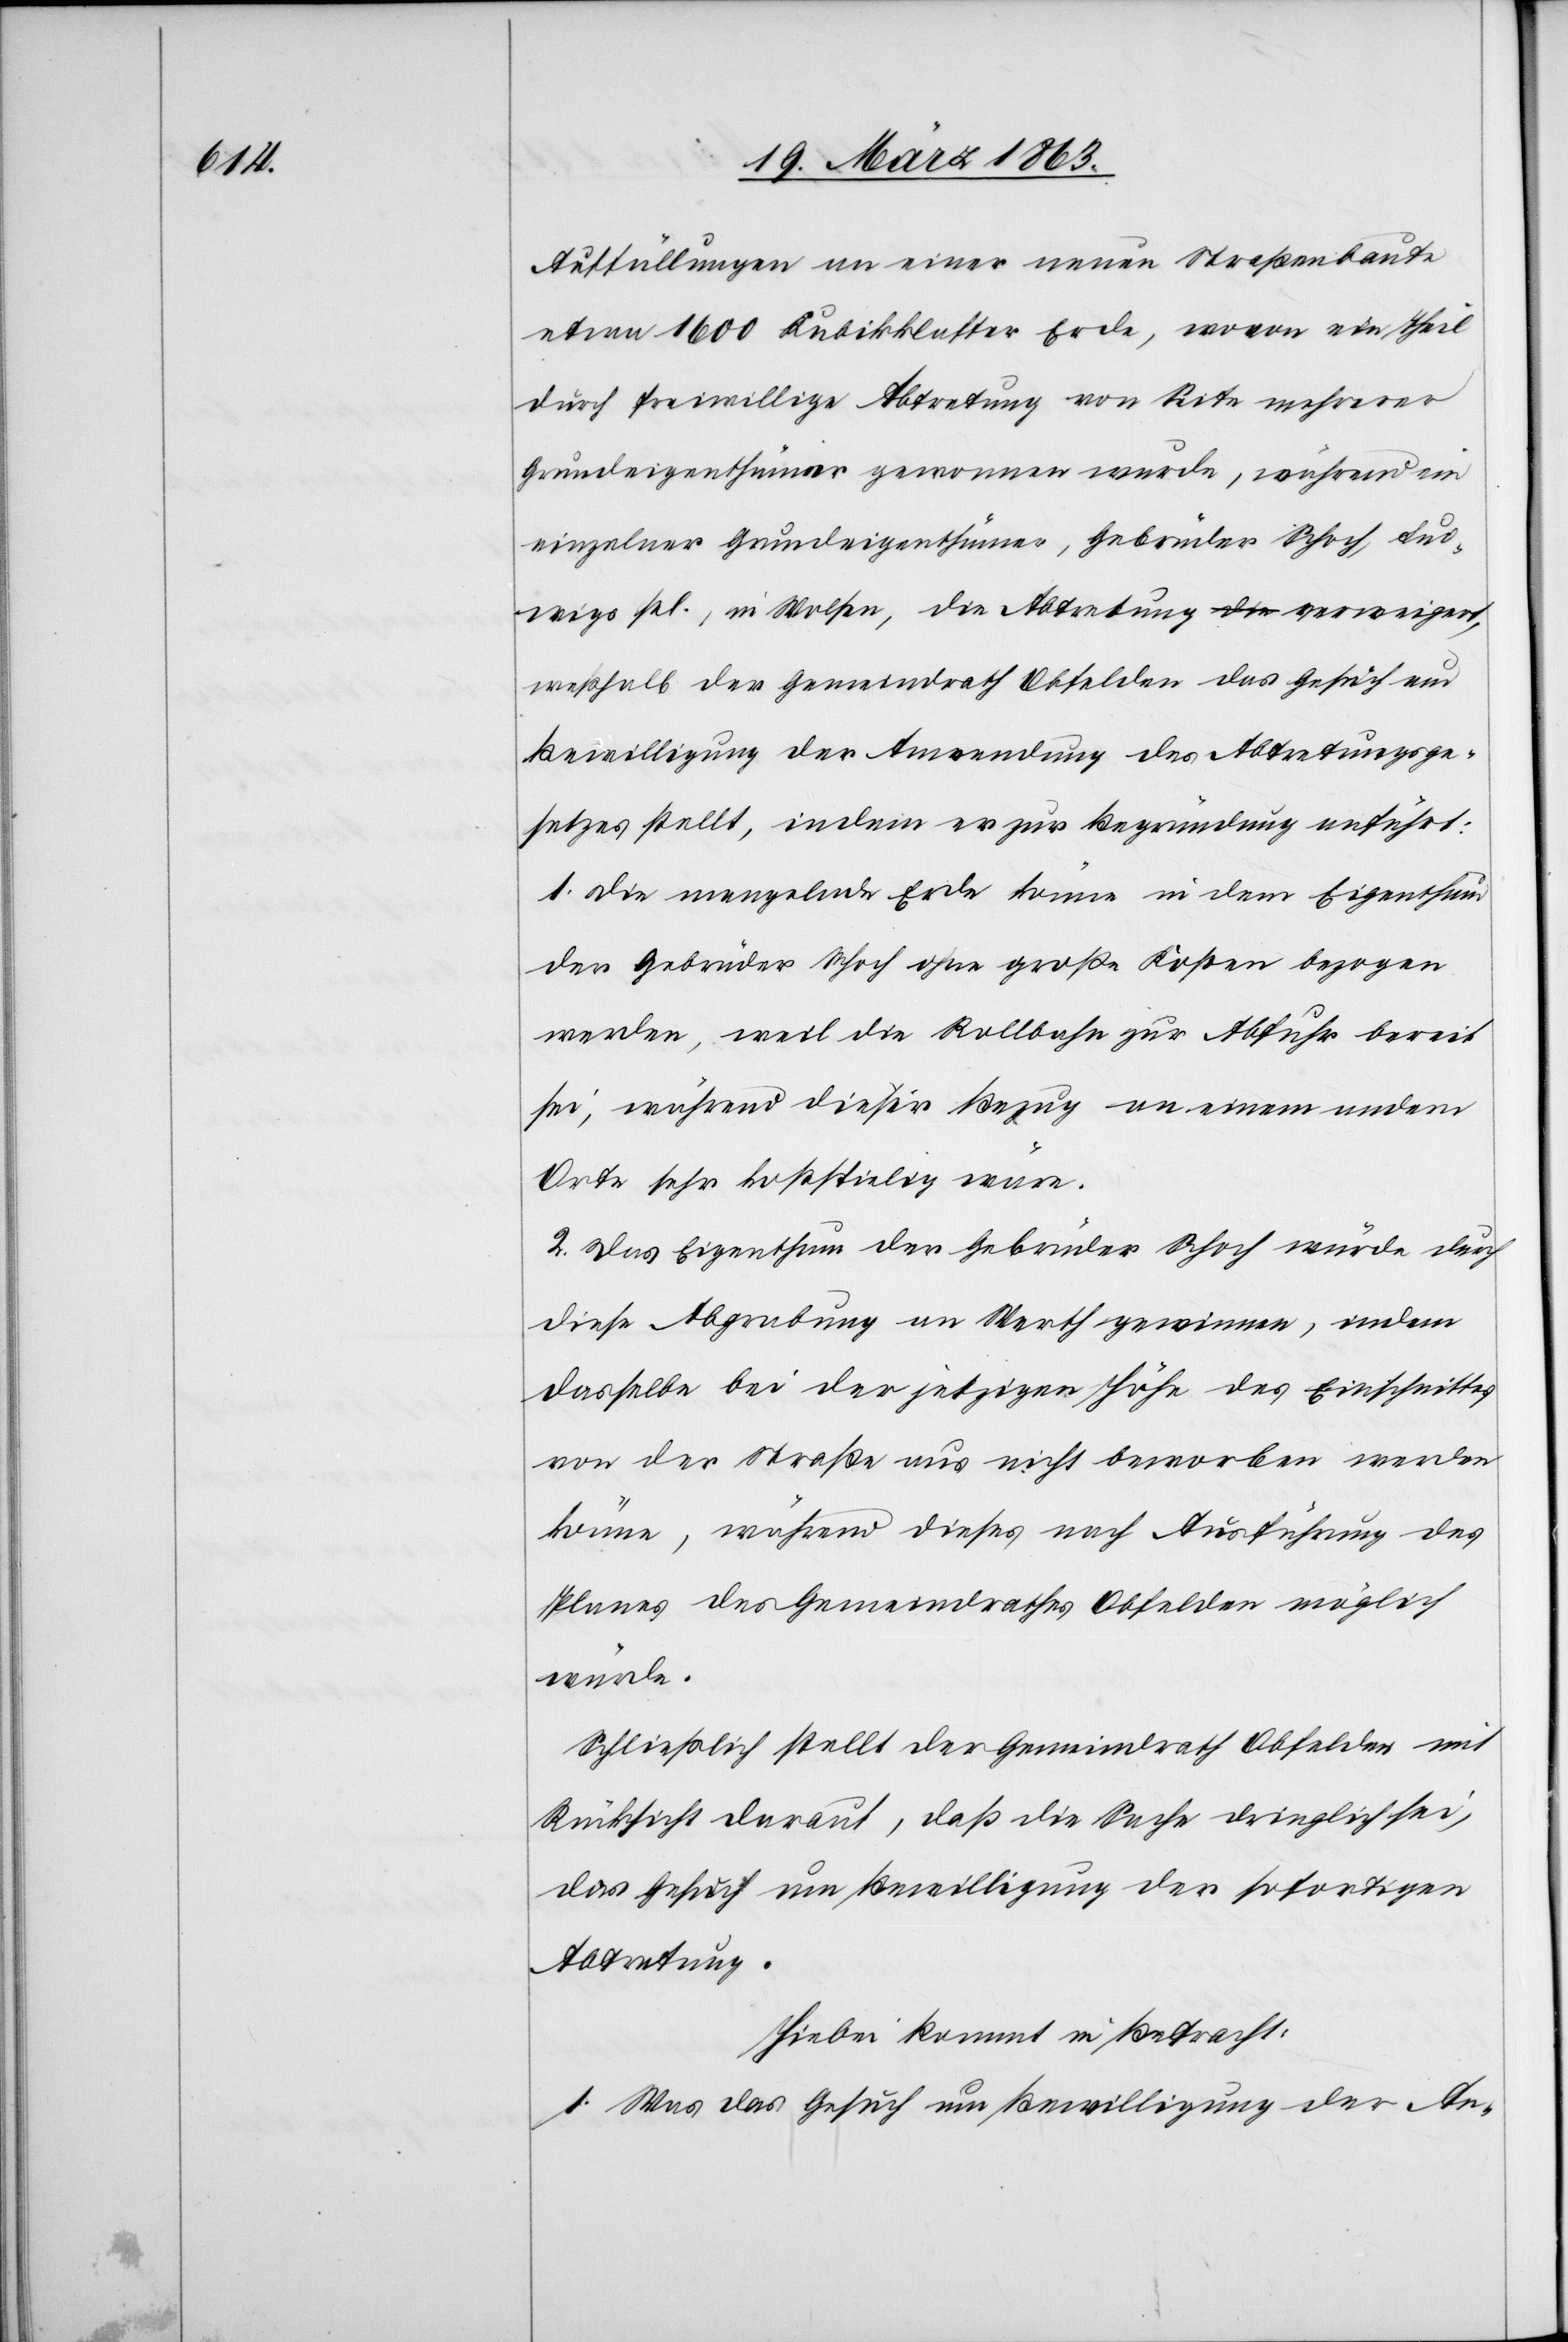
Auffüllungen an einer neuen Straßenbaute
etwa 1600 Kubikklafter Erde, wovon ein Theil
durch freiwillige Abtretung von Seite mehrerer
Grundeigenthümer gewonnen wurde, während ein
einzelner Grundeigenthümer, Gebrüder Schoch, Lud¬
wigs sel., in Wolsen, die Abtretung verweigert,
weßhalb der Gemeindrath Obfelden das Gesuch um
Bewilligung der Anwendung des Abtretungsge¬
setzes stellt, indem er zur Begründung anführt:
1. Die mangelnde Erde könne in dem Eigenthum
der Gebrüder Schoch ohne große Kosten bezogen
werden, weil die Rollbahn zur Abfuhr bereit
sei, während dieser Bezug an einem andern
Orte sehr kostspielig wäre.
2. Das Eigenthum der Gebrüder Schoch würde durch
diese Abgrabung an Werth gewinnen, indem
dasselbe bei der jetzigen Höhe des Einschnittes
von der Straße aus nicht beworben werden
könne, während dieses nach Ausführung des
Planes des Gemeindrathes Obfelden möglich
würde.
Schließlich stellt der Gemeindrath Obfelden mit
Rücksicht darauf, daß die Sache dringlich sei,
das Gesuch um Bewilligung der sofortigen
Abtretung.
Hiebei kommt in Betracht:
1. Was das Gesuch um Bewilligung der An-